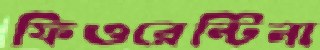
ফিওরেন্টিনা